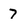
Character: 7